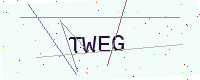
Text: TWEG